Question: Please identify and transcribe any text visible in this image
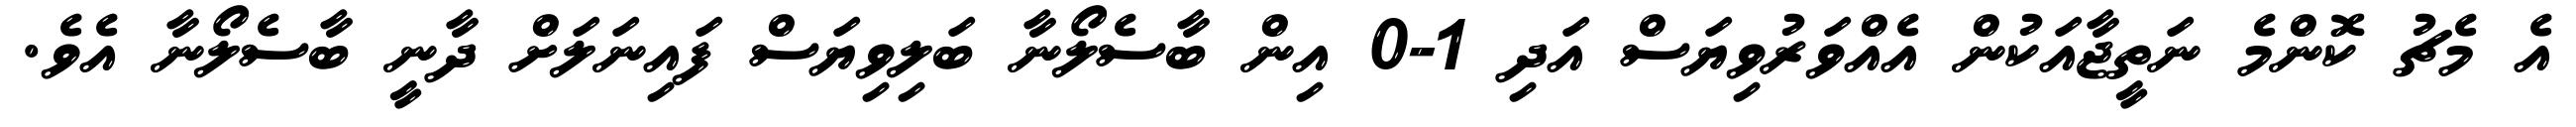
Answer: އެ މެޗު ކޮންމެ ނަތީޖާއަކުން އެއްވަރުވިޔަސް އަދި 1-0 އިން ބާސެލޯނާ ބަލިވިޔަސް ފައިނަލަށް ދާނީ ބާސެލޯނާ އެވެ.